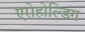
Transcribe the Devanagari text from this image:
एरोहोल्डिंग